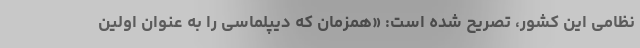
نظامی این کشور، تصریح شده است: «همزمان که دیپلماسی را به عنوان اولین